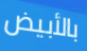
بالأبيض